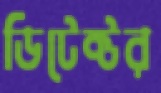
ডিটেক্টর